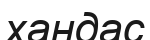
хандас